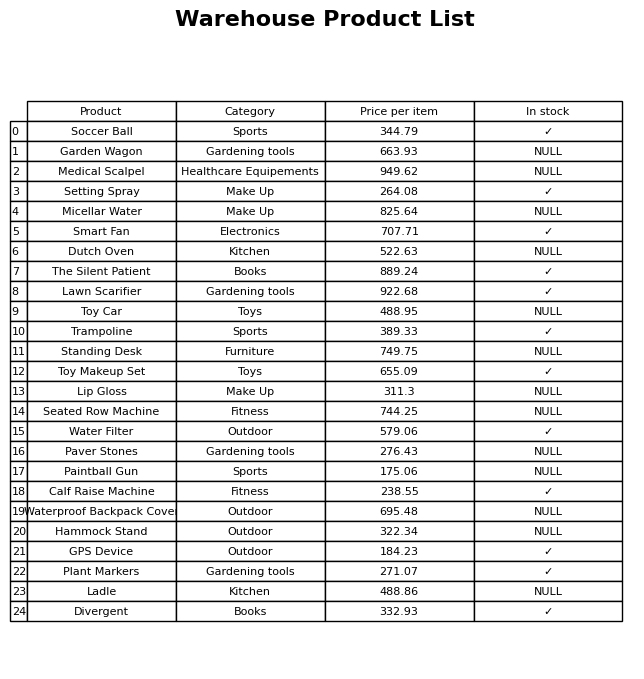
question: What is the price for Toy Car?
answer: The price of Toy Car is 488.95.